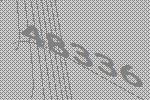
48336